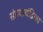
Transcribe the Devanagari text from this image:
संडवाचंद्रिका